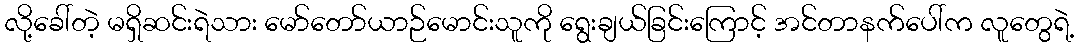
လို့ခေါ်တဲ့ မရှိဆင်းရဲသား မော်တော်ယာဉ်မောင်းသူကို ရွေးချယ်ခြင်းကြောင့် အင်တာနက်ပေါ်က လူတွေရဲ့